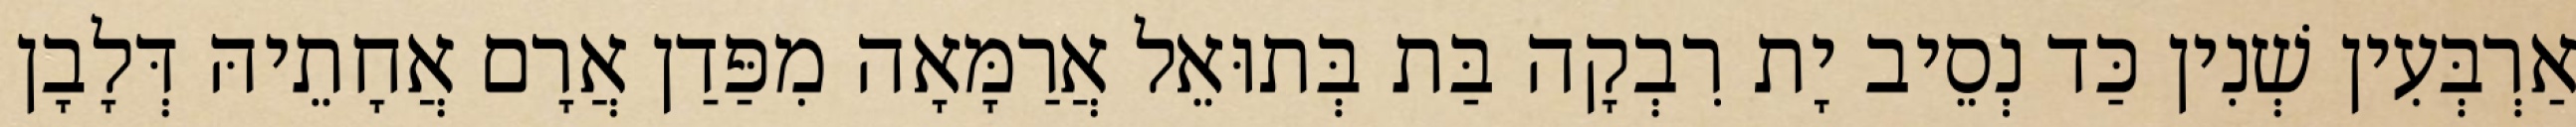
אַרְבְּעִין שְׁנִין כַּד נְסֵיב יָת רִבְקָה בַּת בְּתוּאֵל אֲרַמָּאָה מִפַּדַן אֲרָם אֲחָתֵיהּ דְּלָבָן